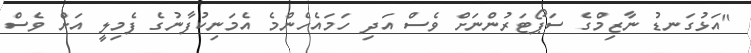
"އަޅުގަނޑު ނާޒިމްގެ ސަޕޯޓަރުންނަށް ވެސް އަދި ހަމައެހެންމެ އެމަނިކުފާނުގެ ފެމިލީ އަށް ވެސް